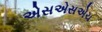
એસએસએચ